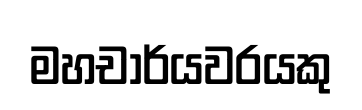
මහචාර්යවරයකු